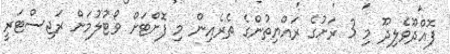
ފޮއްދޫވެލިދޫ މި 3 ރަށުގެ ރައްޔިތުންގެ ތެރެއިން މި ފޮށްޓަށް ވޯޓުލުމަށް ރަޖިސްޓަރީ